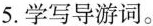
5.学写导游词。